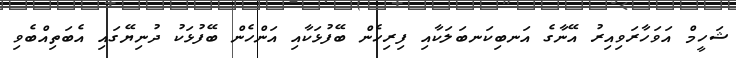
ޝަހީމް އަވަހާރަވިއިރު އޭނާގެ އަނބިކަނބަލަކާއި ފިރިހެން ބޭފުޅަކާއި އަންހެން ބޭފުޅަކު ދުނިޔޭގައި އެބަތިއްބެވި